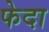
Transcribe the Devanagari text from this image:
फेदा